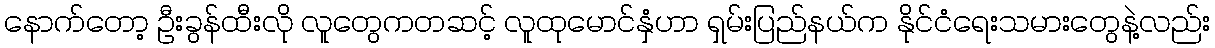
နောက်တော့ ဦးခွန်ထီးလို လူတွေကတဆင့် လူထုမောင်နှံဟာ ရှမ်းပြည်နယ်က နိုင်ငံရေးသမားတွေနဲ့လည်း